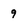
Character: 9